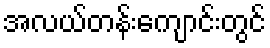
အလယ်တန်းကျောင်းတွင်